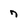
Character: 7